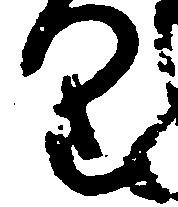
り